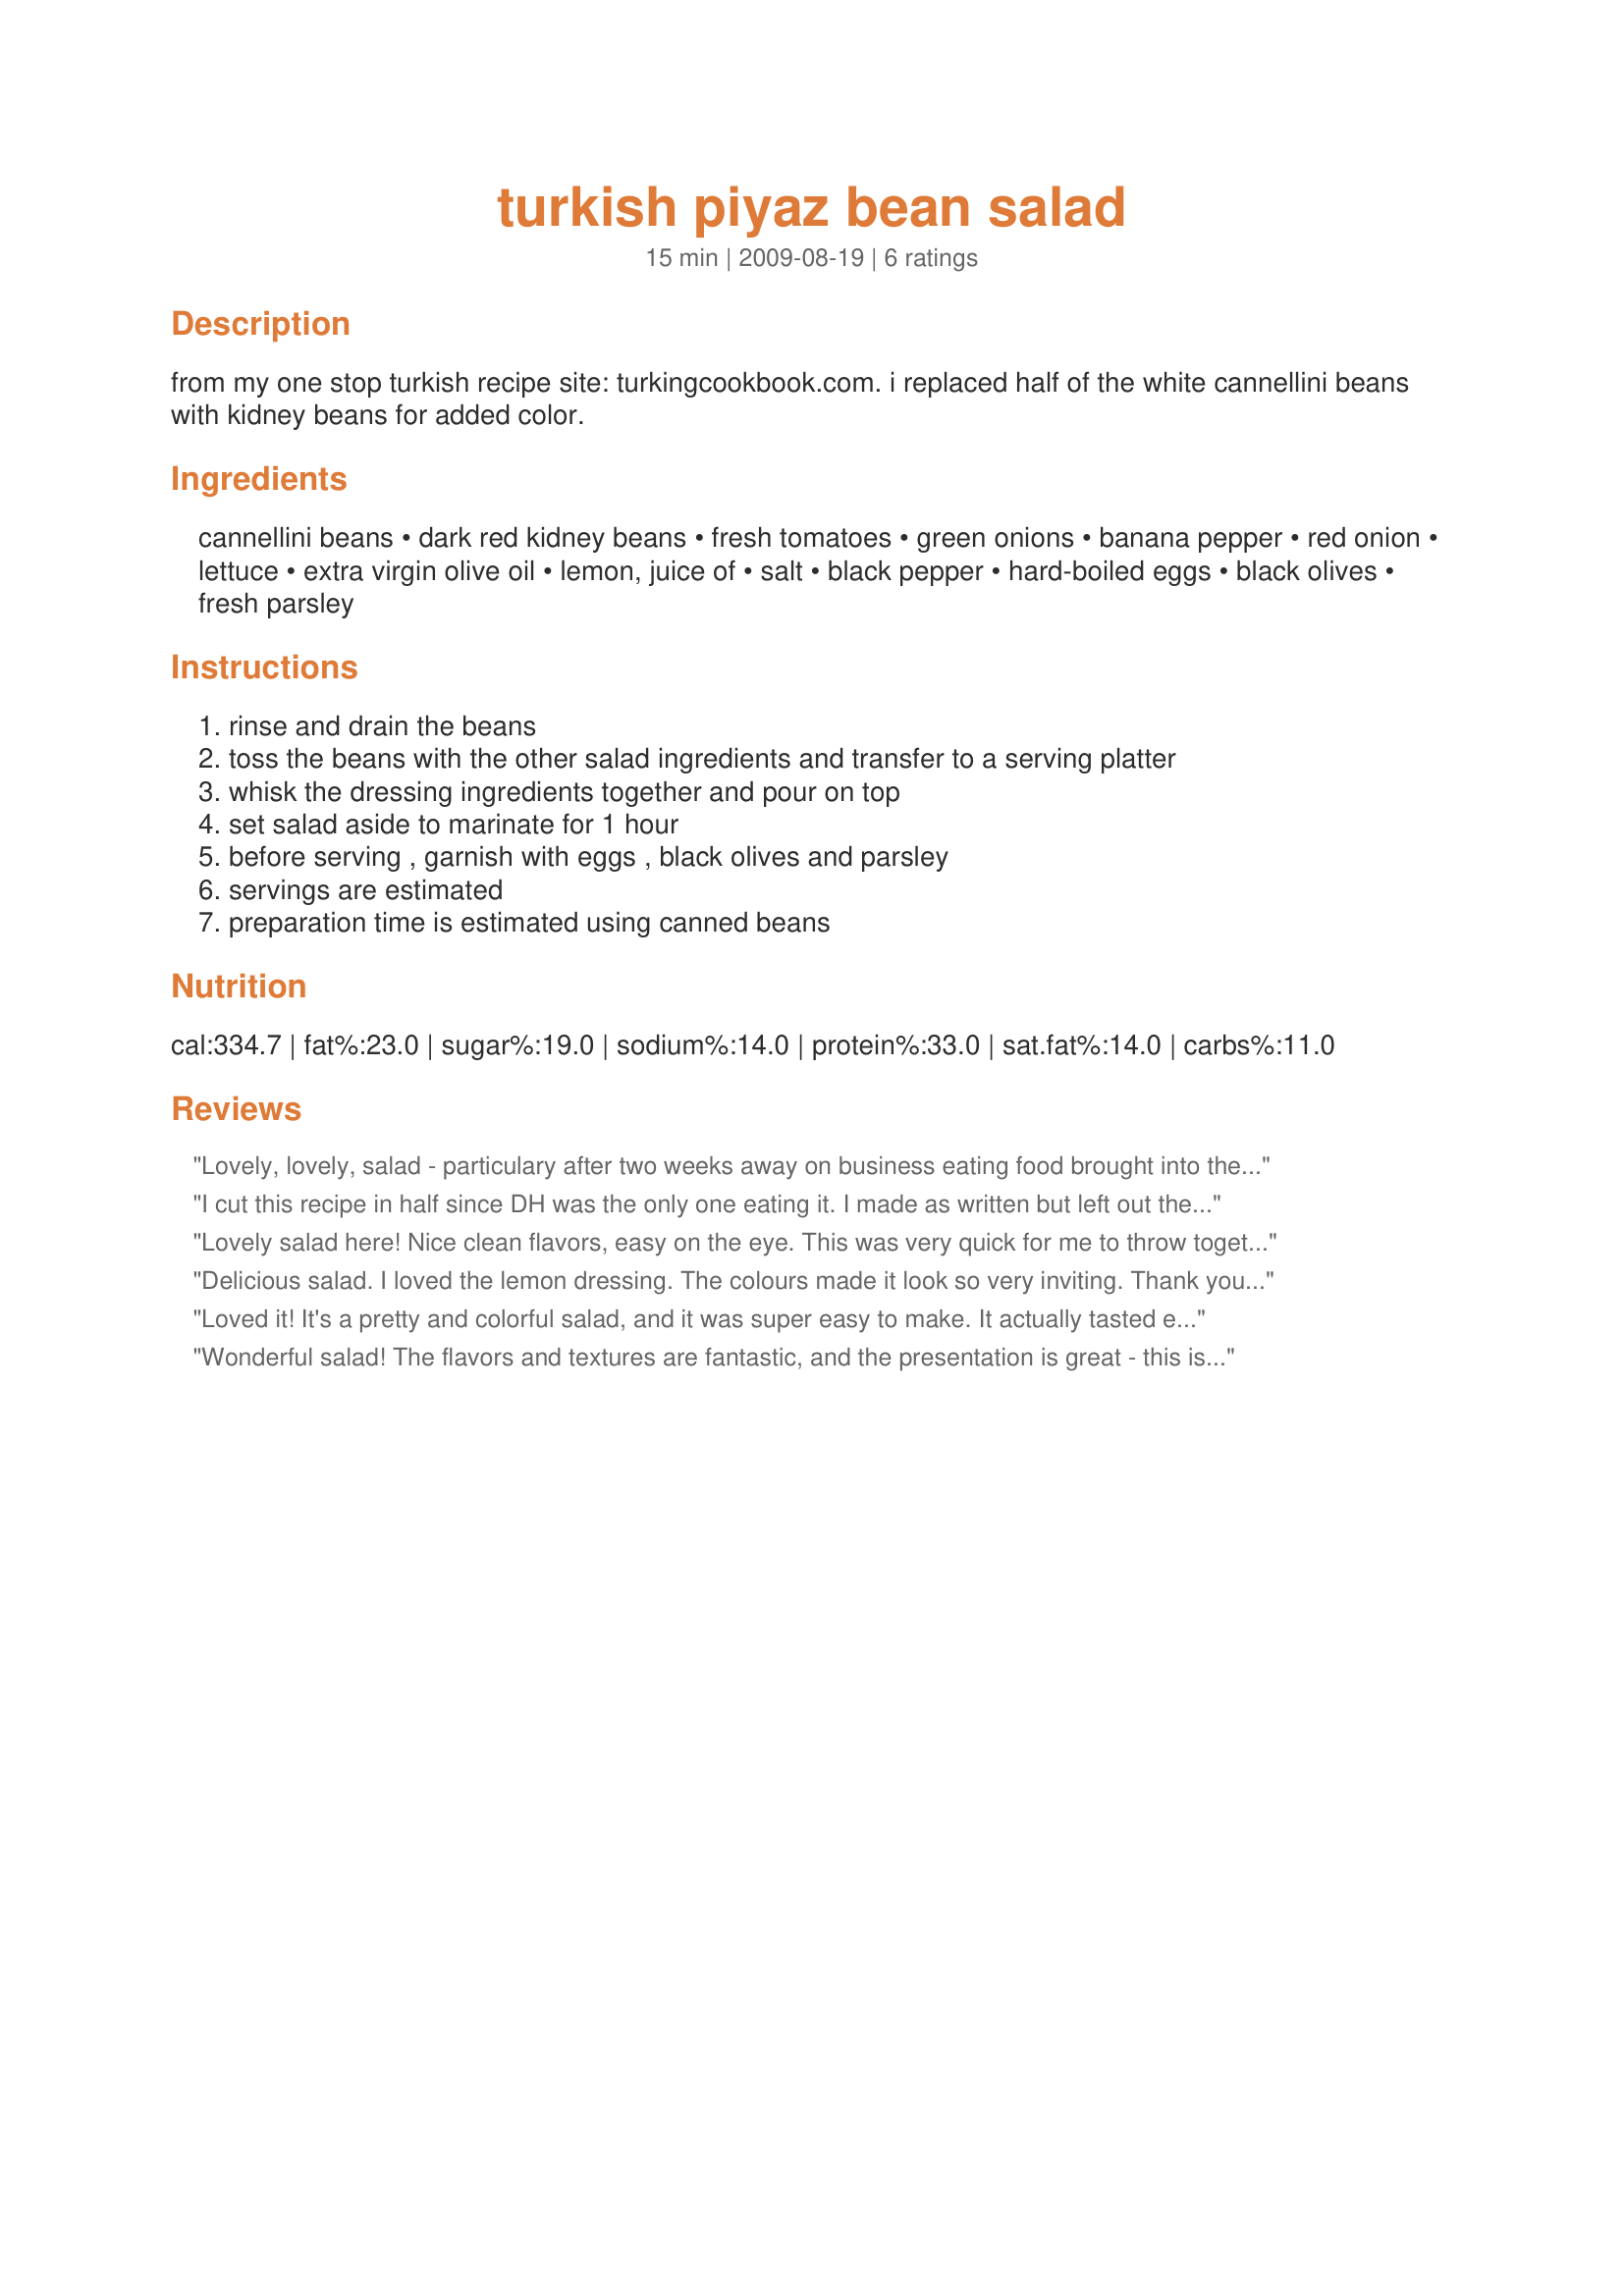
turkish piyaz bean salad
Preparation time: 15 minutes

from my one stop turkish recipe site: turkingcookbook.com. i replaced half of the white cannellini beans with kidney beans for added color.

Ingredients:
cannellini beans, dark red kidney beans, fresh tomatoes, green onions, banana pepper, red onion, lettuce, extra virgin olive oil, lemon, juice of, salt, black pepper, hard-boiled eggs, black olives, fresh parsley

Steps:
rinse and drain the beans
toss the beans with the other salad ingredients and transfer to a serving platter
whisk the dressing ingredients together and pour on top
set salad aside to marinate for 1 hour
before serving , garnish with eggs , black olives and parsley
servings are estimated
preparation time is estimated using canned beans

Reviews:
Lovely, lovely, salad - particulary after two weeks away on business eating food brought into the office mostly meant for those that eat meat. Salads were coated with mayonaise dressings, and lacking of all things beatiful and tasty, such as those wonderful things found here! DH isn't fond of hard boiled eggs, so I left them to the side for my portion. Loved the simplicy of the dressing, and a heavy dose of fresh cracked pepper went in this, as well as lovely pitted kalmattas from the market. I used an entire organic lemon, as well. One can of mixed beans and one can of canellinis were used. Thanks, CG, for a keeper! Made for Veggie Swap 30, January 2011.
I cut this recipe in half since DH was the only one eating it. I made as written but left out the fresh parsley (he doesn't like it). He enjoyed the addition of the egg. Made for NA*ME tag
Lovely salad here! Nice clean flavors, easy on the eye.
This was very quick for me to throw together using canned beans. I didn't have any cannellinis on hand so I used great northerns. I wasn't paying close enough attention, so what I did was to mix the beans with the vegetables and the dressing, which I then put into the refrigerator until serving. I spooned it out onto a bed of mixed baby greens, quartered the eggs, arranged the kalamatas and sprinkled the whole with chopped Italian parsley. Beauteous! Hopefully next time I will get a picture before we eat it all. Thanks for the recipe, Cookgirl - made originally for Spring 2010 PAC
Delicious salad. I loved the lemon dressing. The colours made it look so very inviting. Thank you, CG.
Loved it! It's a pretty and colorful salad, and it was super easy to make. It actually tasted even better after chilling for a few hours. I made this exactly as written and used all the garnishes listed. I think this is one of my new favorite bean salads. Thanx!
Wonderful salad! The flavors and textures are fantastic, and the presentation is great - this is a very eye catching salad! I used great northern beans and dark red kidney beans. The garnish was a perfect touch - we especially loved the egg in this. Thanks for sharing!
